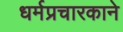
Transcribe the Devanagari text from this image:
धर्मप्रचारकाने